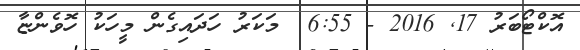
އޮކްޓޯބަރު 17